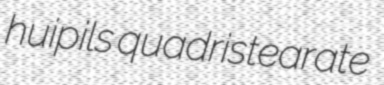
huipils quadristearate